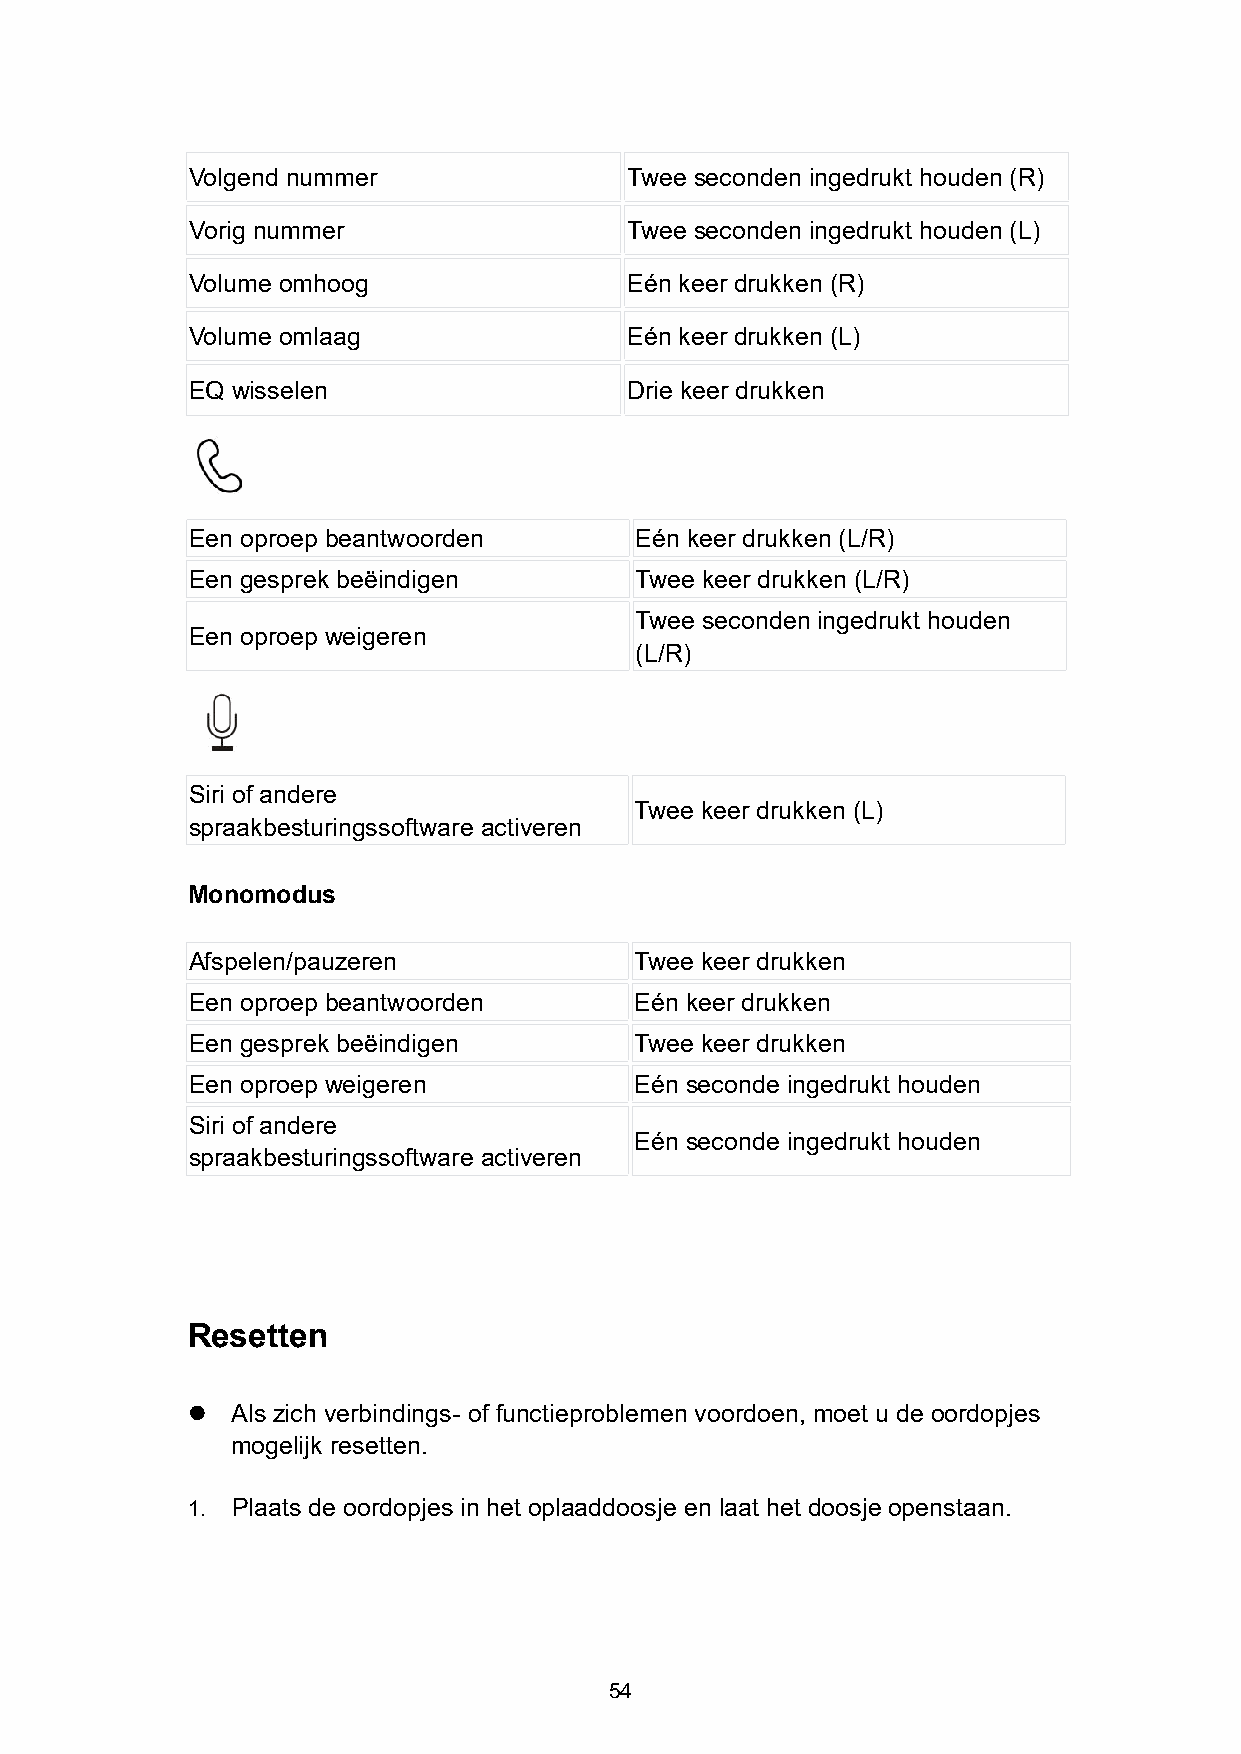
Volgend nummer               Twee seconden ingedrukt houden (R)
 Vorig nummer                 Twee seconden ingedrukt houden (L)
 Volume omhoog                Eén keer drukken (R)
 Volume omlaag                Eén keer drukken (L)
 EQ wisselen                  Drie keer drukken
 Een oproep beantwoorden       Eén keer drukken (L/R)
 Een gesprek beëindigen        Twee keer drukken (L/R)
 Twee seconden ingedrukt houden
 Een oproep weigeren
 (L/R)
 Siri of andere
 Twee keer drukken (L)
 spraakbesturingssoftware activeren
 Monomodus
 Afspelen/pauzeren             Twee keer drukken
 Een oproep beantwoorden       Eén keer drukken
 Een gesprek beëindigen        Twee keer drukken
 Een oproep weigeren           Eén seconde ingedrukt houden
 Siri of andere
 Eén seconde ingedrukt houden
 spraakbesturingssoftware activeren
 Resetten
   Als zich verbindings- of functieproblemen voordoen, moet u de oordopjes
 mogelijk resetten.
 1. Plaats de oordopjes in het oplaaddoosje en laat het doosje openstaan.
 54